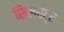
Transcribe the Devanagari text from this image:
सिलवट्ट